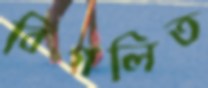
বিগলিত